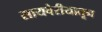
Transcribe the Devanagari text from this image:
सायबेरीयातून